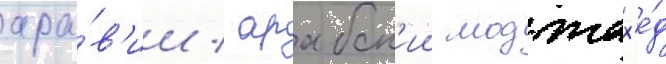
ара́в'ии / арабск'ии моджах'е́д